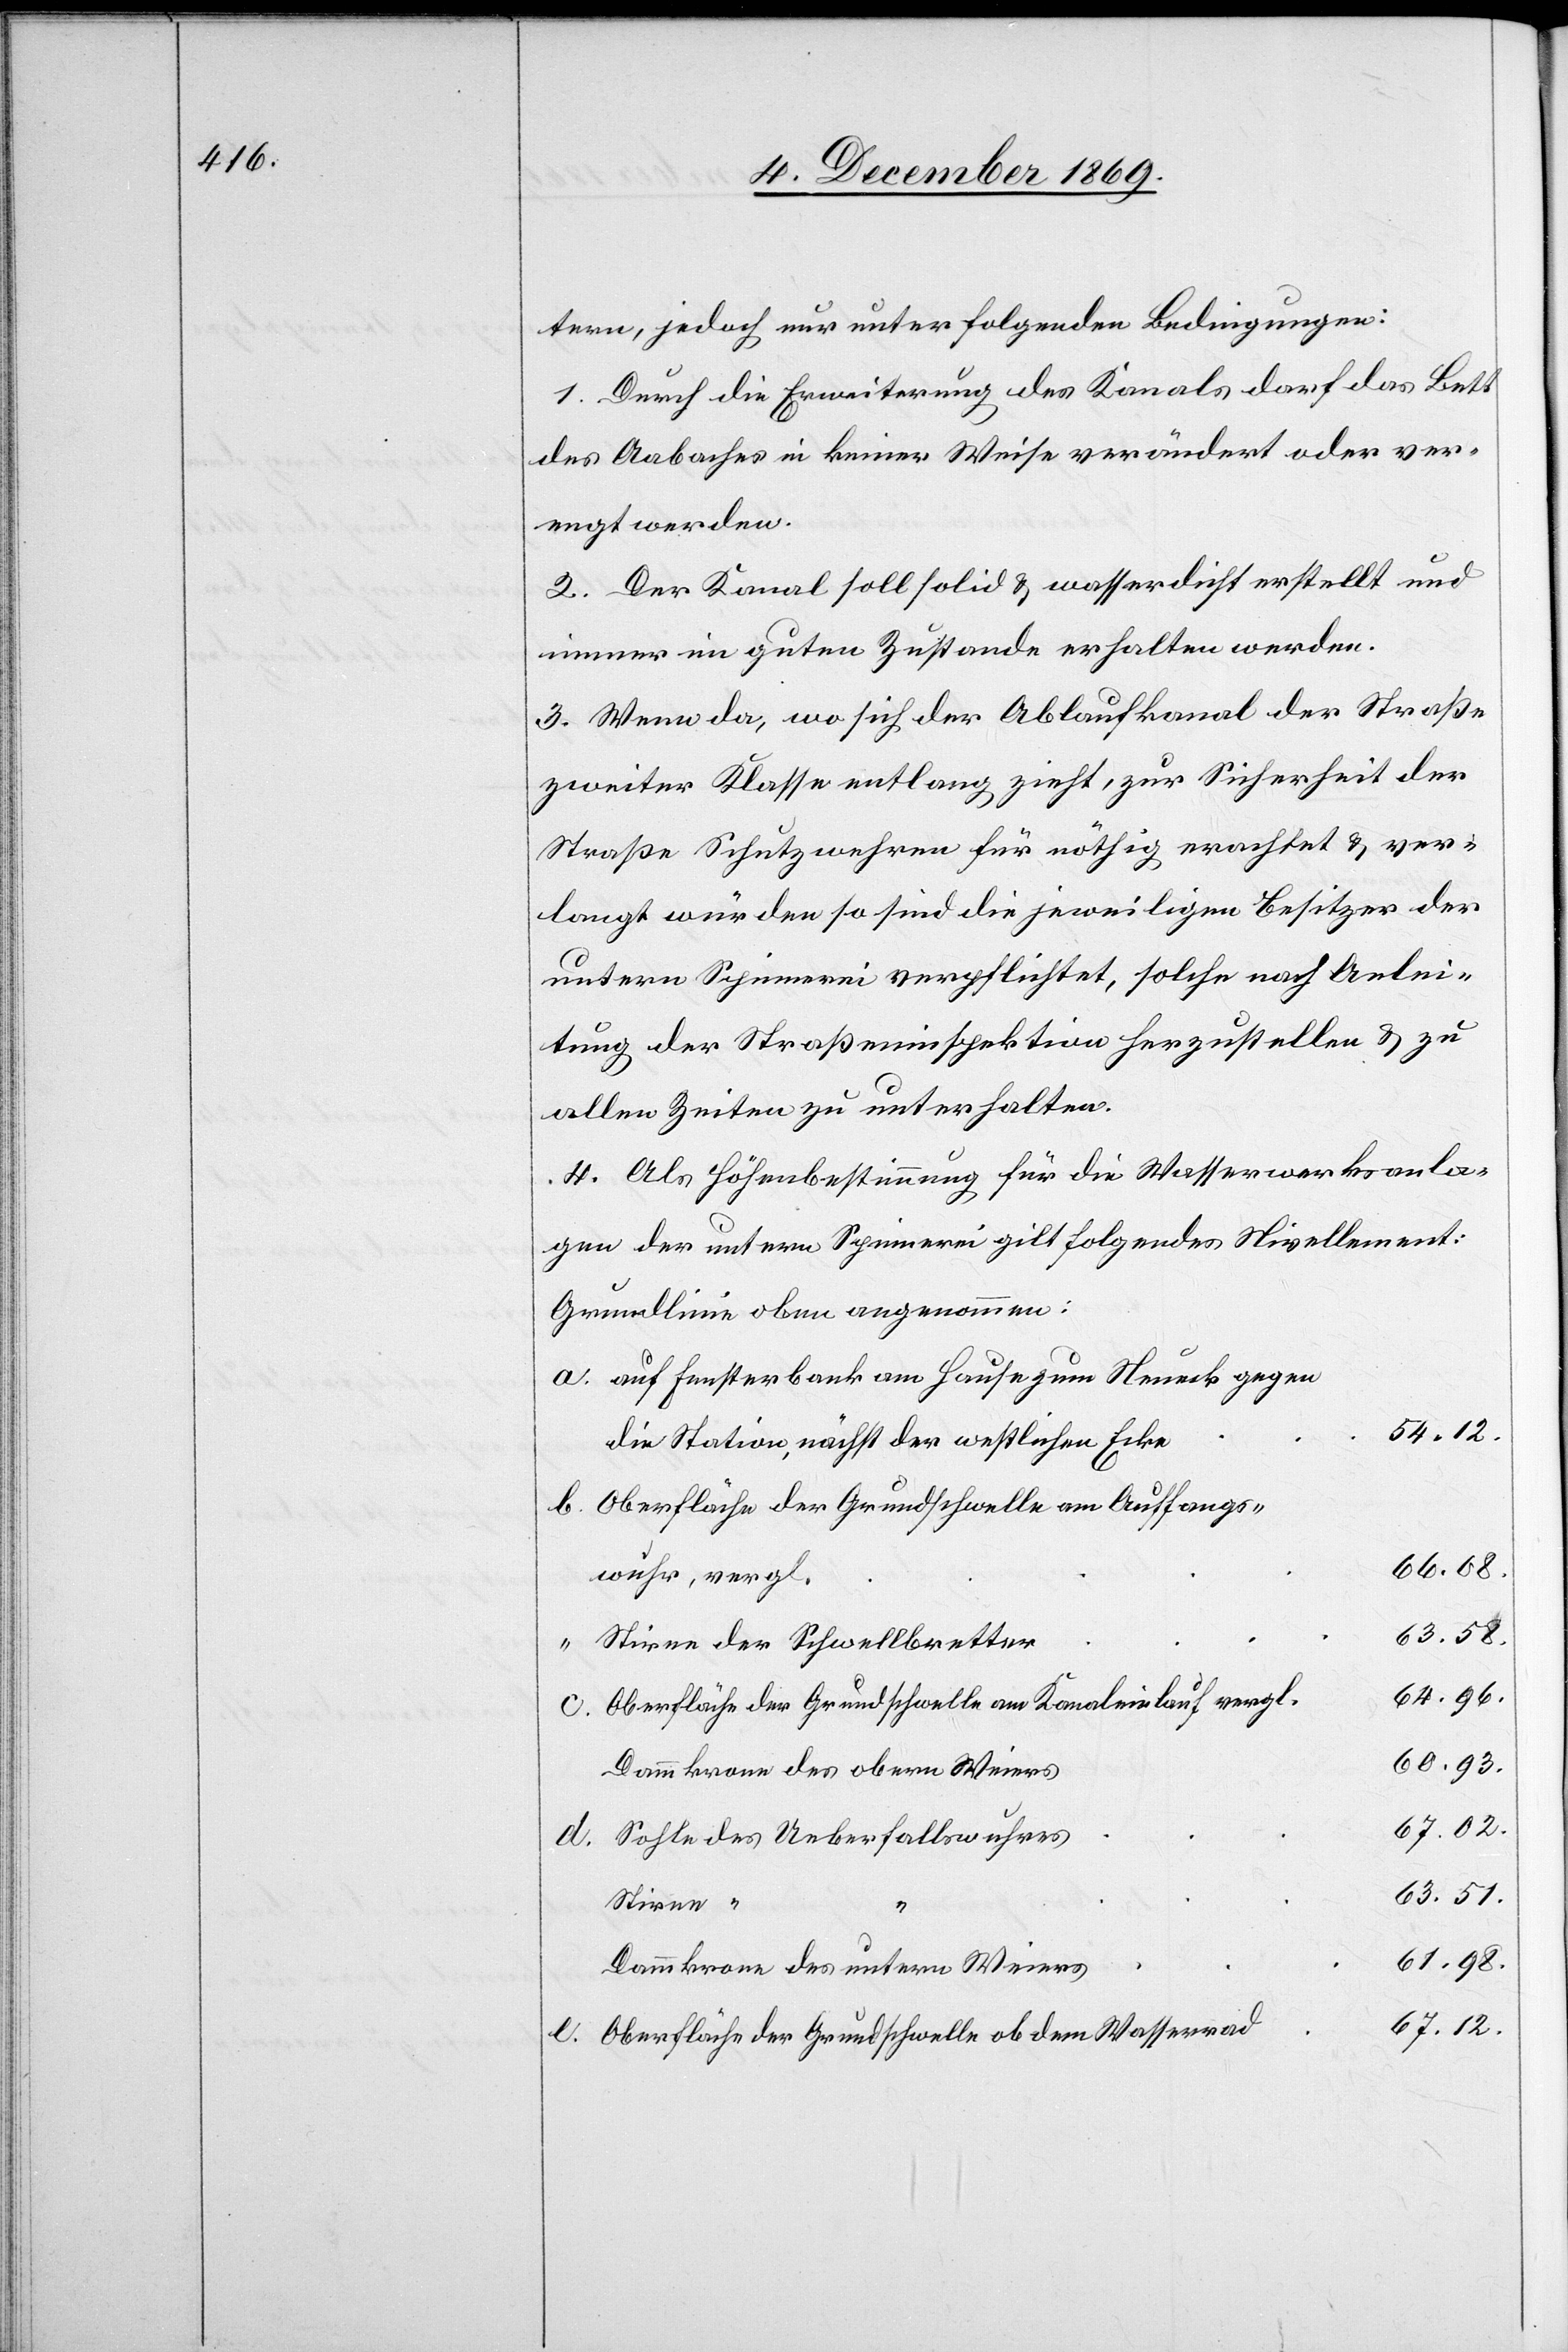
tern, jedoch nur unter folgenden Bedingungen:
1. Durch die Erweiterung des Kanals darf das Bett
des Aabaches in keiner Weise verändert oder ver¬
engt werden.
2. Der Kanal soll solid & wasserdicht erstellt und
immer im guten Zustande erhalten werden.
3. Wenn da, wo sich der Ablaufkanal der Straße
zweiter Klasse entlang zieht, zur Sicherheit der
Straße Schutzwehren für nöthig erachtet & ver¬
langt würden so sind die jeweiligen Besitzer der
untern Spinnerei verpflichtet, solche nach Anlei¬
tung der Straßeninspektion herzustellen & zu
allen Zeiten zu unterhalten.
4. Als Höhenbestimmung für die Wasserwerksanla¬
gen der untern Spinnerei gilt folgendes Nivellement:
Grundlinie oben angenommen:
auf Fensterbank am Hause zum Neueck gegen
54.12.
die Station, nächst der westlichen Ecke
Oberfläche der Grundschwelle am Auffangs¬
wuhr, vergl.
63.58.
Stirne der Schwellbretter
64.96.
Oberfläche der Grundschwelle am Kanaleinlauf vergl.
60.93.
Dammkrone des obern Weiers
67.02.
Sohle des Ueberfallswuhres
63.51.
Stirne “
Dammkrone des untern Weiers
67.12.
Oberfläche der Grundschwelle ob dem Wasserrad